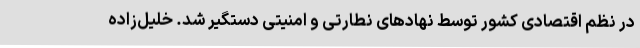
در نظم اقتصادی کشور توسط نهادهای نطارتی و امنیتی دستگیر شد. خلیل‌زاده